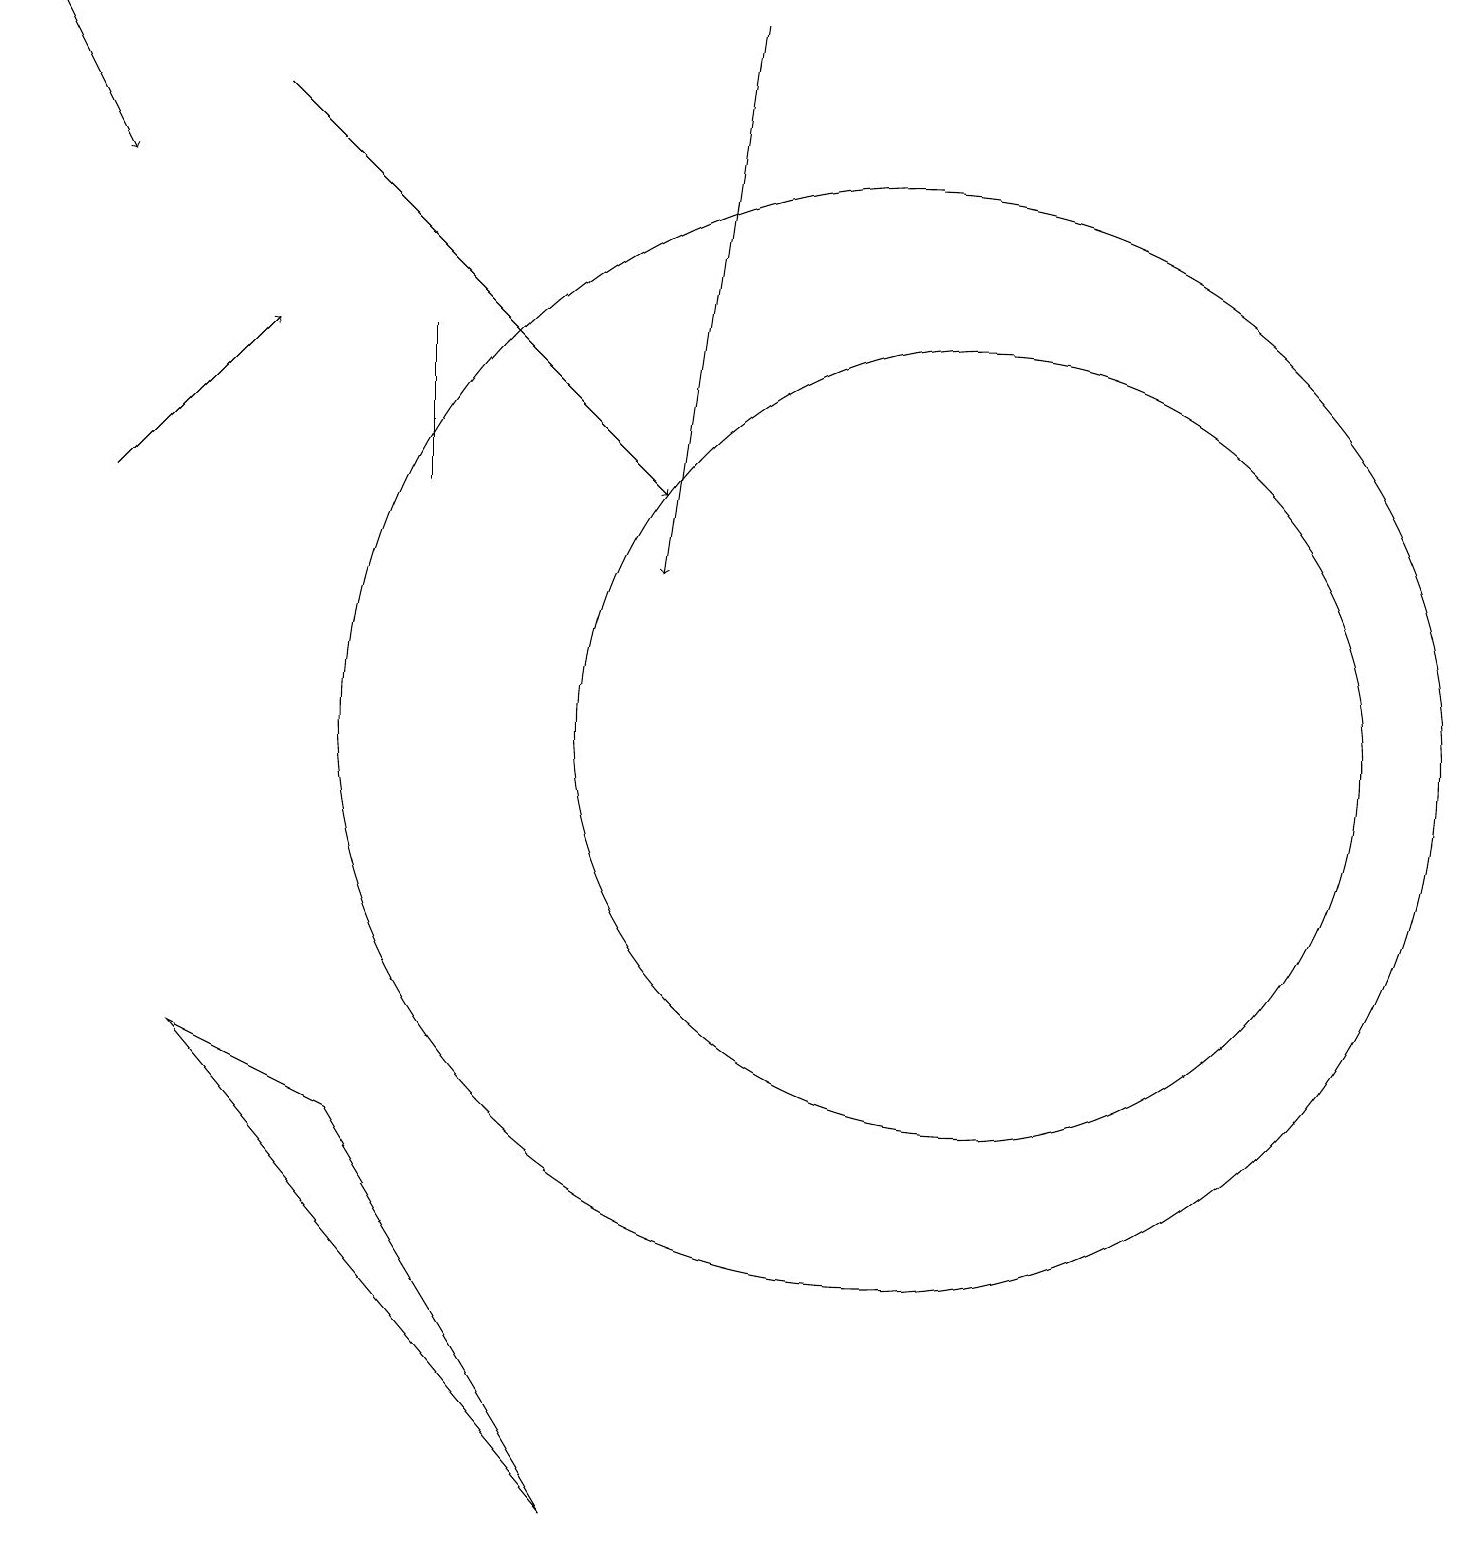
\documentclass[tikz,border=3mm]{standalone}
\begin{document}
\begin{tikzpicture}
\draw[->] (1,13) -- (3,15);
\draw (5,13) rectangle (5,15);
\draw (11,10) circle (7);
\draw (12,10) circle (5);
\draw[->] (9,19) -- (8,12);
\draw[->] (3,18) -- (8,13);
\draw[->] (0,19) -- (1,17);
\draw (2,6) -- (7,0) -- (4,5) -- cycle;
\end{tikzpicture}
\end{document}